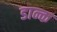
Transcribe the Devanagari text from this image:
डान्क